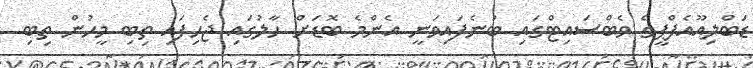
ޑަބްލިއޫއެފްޕީގެ ވެބްސައިޓްގައި ބުނެފައިވަނީ އެންމެ ބޮޑަށް ހާލުގައި ޖެހިފައި ތިބި މީހުން ތިބި